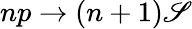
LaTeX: np\rightarrow(n+1)\mathscr{S}